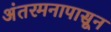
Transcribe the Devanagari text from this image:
अंतरमनापासून